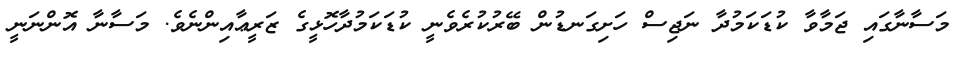
މަސާނާގައި ޖަމާވާ ކުޑަކަމުދާ ނަޖިސް ހަށިގަނޑުން ބޭރުކުރެވެނީ ކުޑަކަމުދާހޮޅީގެ ޒަރީޢާއިންނެވެ. މަސާނާ އޮންނަނީ